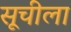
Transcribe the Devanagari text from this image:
सूचीला